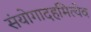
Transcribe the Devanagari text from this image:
संयोगादहमित्येव